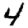
Digit: 4